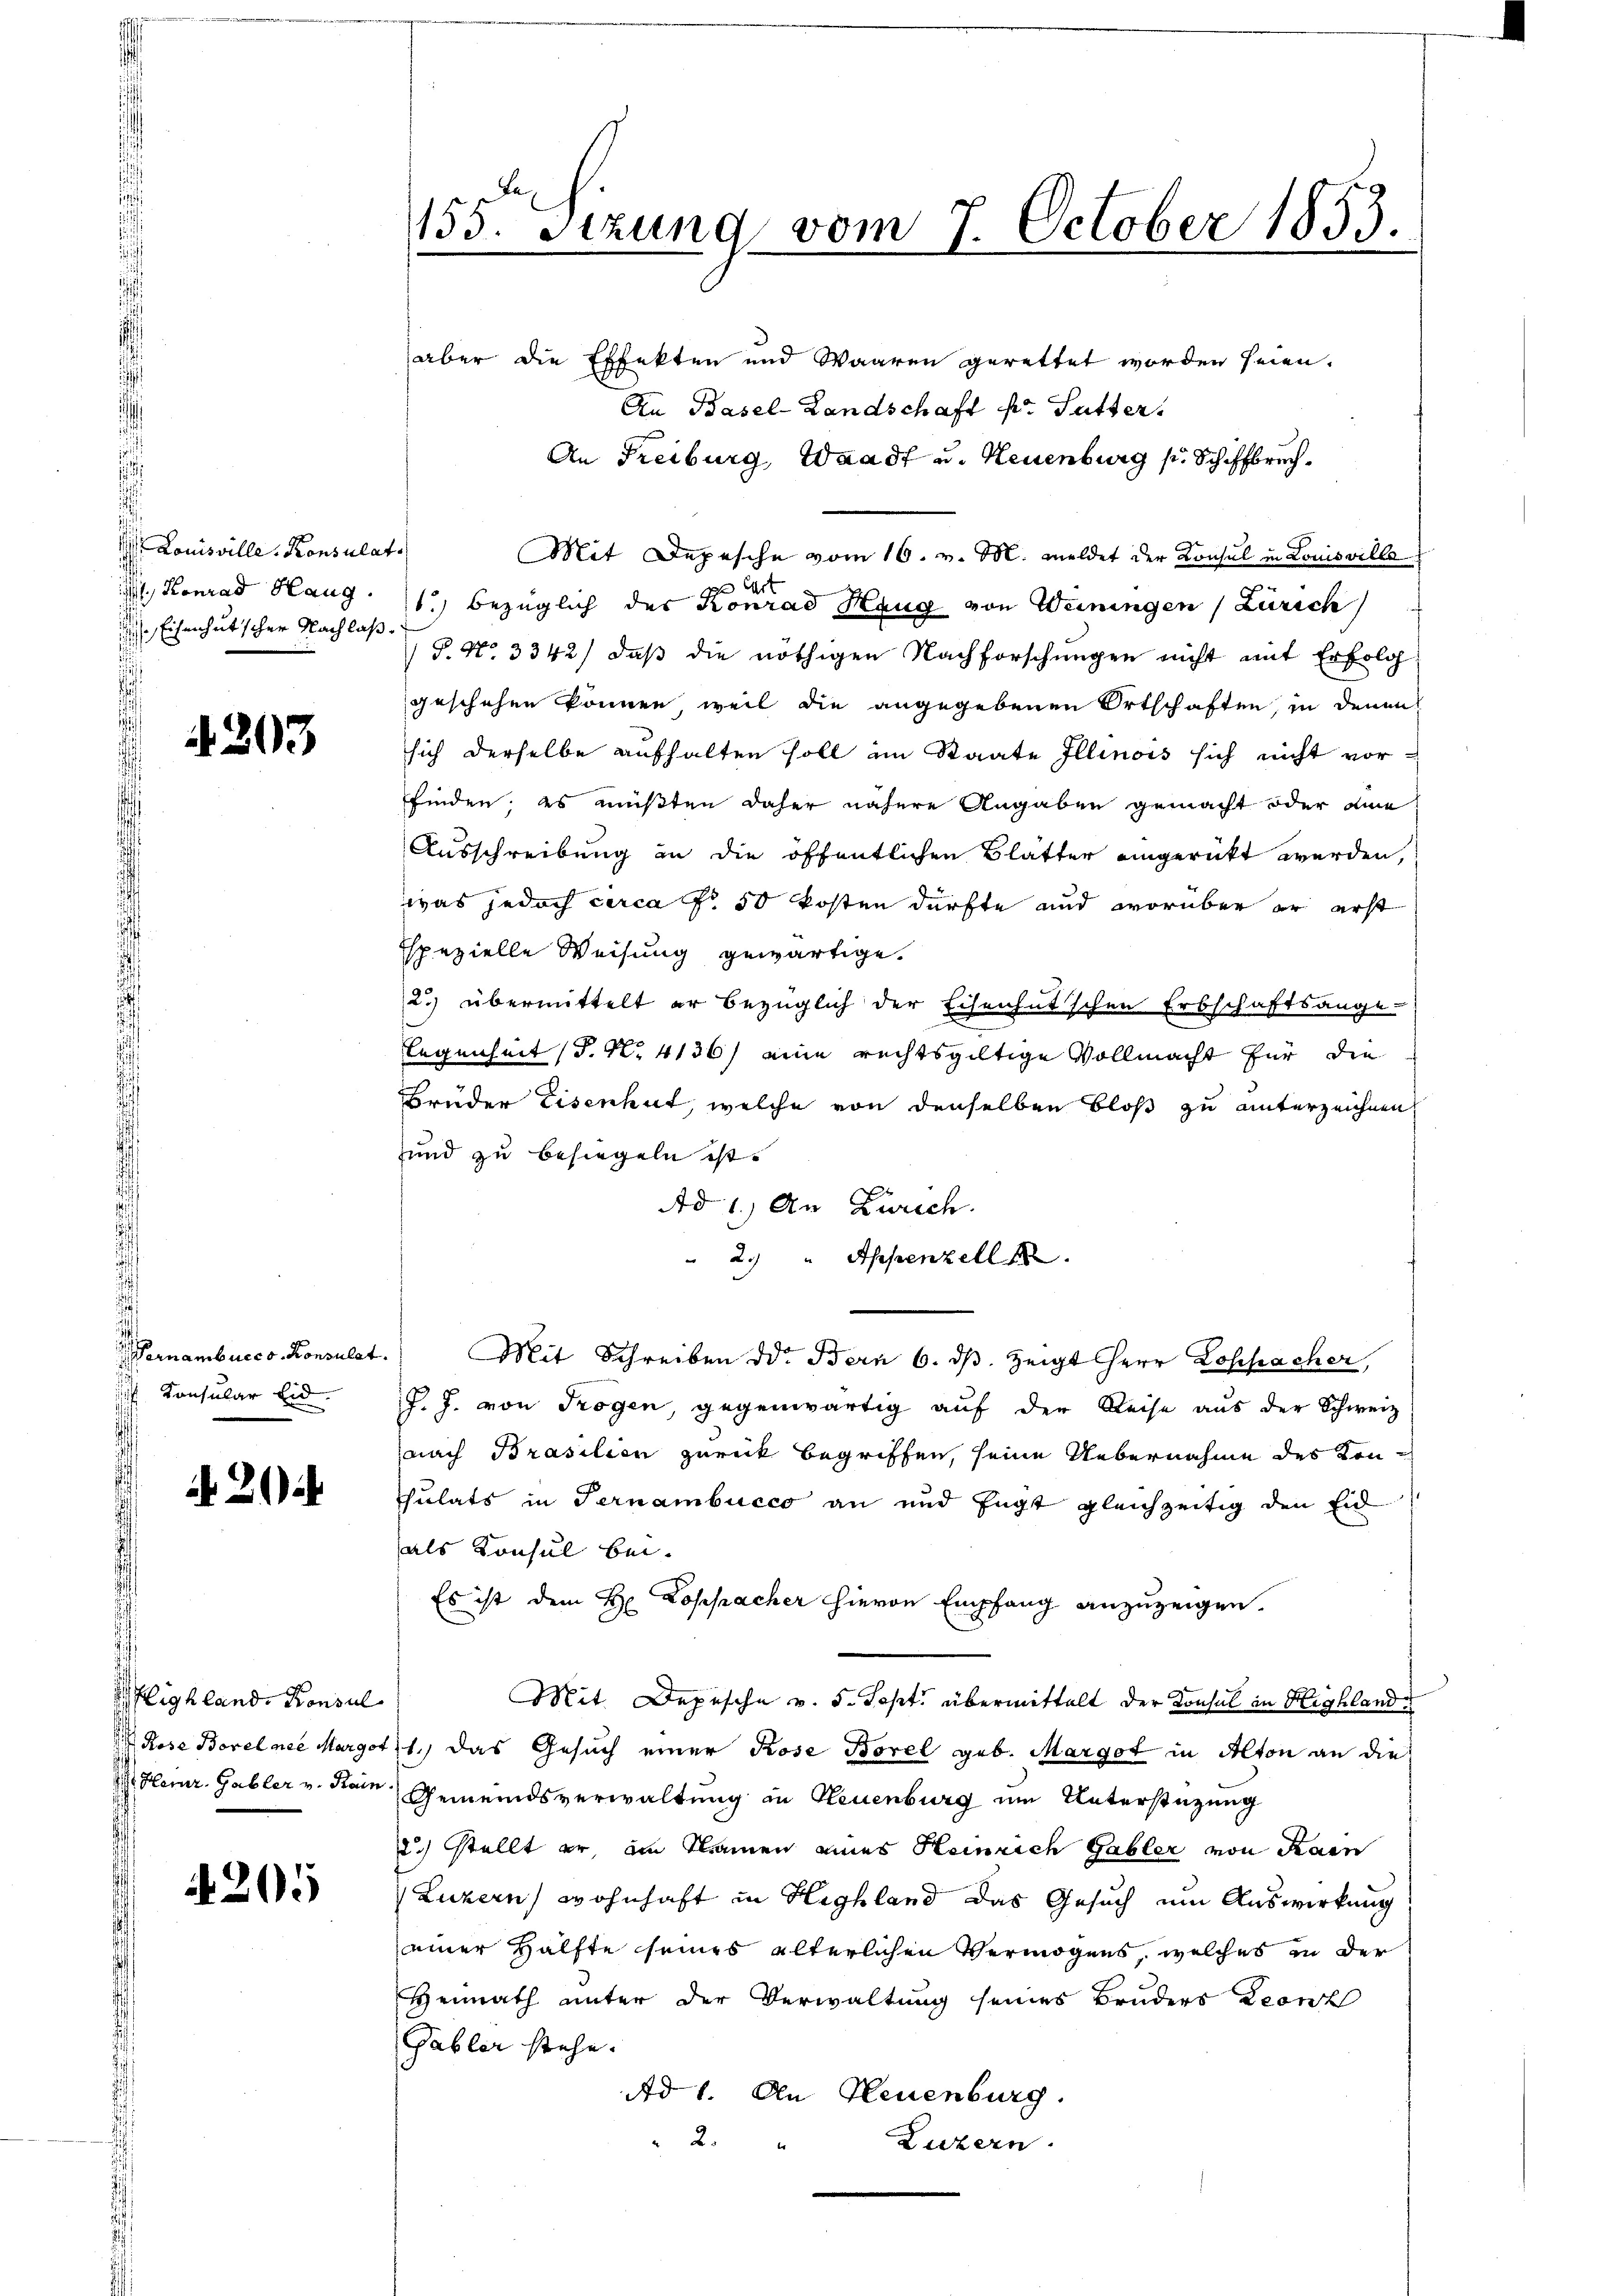
Louisville Konsulat
 Eisenhut scher Nachlaß¬

303

Gernambucco Konsulat.
.
 Konsular Eid

lighland. Konsul

4205

155. Setzung vom 7. October 1853.
aber die Effekten und Waaren gerettet worden seien.

An Basel-Landschaft pr. Sutter.
An Freiburg, Waadt u. Neuenburg s. Schiffbrech¬
Mit Depesche vom 16. v. M. meldet der Konsul in Louisvilla
.
d Gart
A Konrad Haug. 11. bezüglich des Konrad Haug von Weiningen (Zürich
P. Nr. 3342) daß die nöthigen Nachforschungen nicht mit Erfolg
geschehen können, weil die angegebenen Ortschaften, in denen
sich derselbe aufhalten soll im Staate Illinois sich nicht vor-
finden; es müßten daher nähere Angaben gemacht oder aine
Ausschreibung in die öffentlichen Blätter eingerückt werden,
was jedoch circa Fr. 50 kosten dürfte und worüber er erst
Espezielle Weisung gewärtige.
2) übermittelt er bezüglich der Eisenhutschen Erbschaftsange-
Gegenheit (S. Nr. 4136) eine rechtsgültige Vollmacht für die
Brüder Eisenhut, welche von denselben bloß zu unterzeichnen
und zu besiegeln ist.
Ad 1.) An Zürich.
2.) " Appenzell
Mit Schreiben d. Bern 6. dβ zeigt Herr Lospacher,
J. J. von Trogen, gegenwärtig auf der Reise aus der Schweiz
nach Brasilien zurück begriffen, seine Uebernahme des Konthulats in Pernambucco an und Engt gleichzeitig den Eid
als Konsul bei.
Es ist dem H. Loppacher hievon Empfang anzuzeigen.
Mit. Depesche v. 5. Sept. übermittelt der Konsul in Highland
Rose Borel nee Margot 1.) das Gesuch einer Rose Borel geb. Margot in Alton an die
 Heinr. Gabler v. Hain Gemeindsverwaltung in Neuenburg um Unterstüzung
2) stellt er, im Namen eines Heinrich Gabler von Haen
Luzern, wohnhaft in Highland das Gesuch um Auswirkung
seiner Hälfte seines älterlichen Vermögens, welches in der
Heimath unter der Verwaltung seines Bruders Leonz
Gabler stehe.
Ad 1. An Neuenburg.
2.
Luzern.
ber